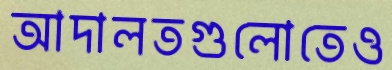
আদালতগুলোতেও